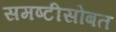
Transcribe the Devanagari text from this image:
समष्टीसोबत